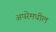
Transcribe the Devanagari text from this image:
अपरेमधील